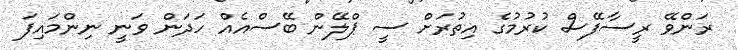
ރަންވޭ ރީސާފޭސް ކުރުމުގެ އިތުރަށް ސީ ޕްލޭން ބޭސްއެއް ހަދަން ވަނީ ނިންމައިފަ